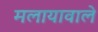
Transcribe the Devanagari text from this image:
मलायावाले